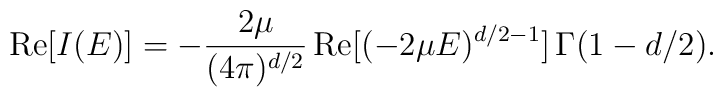
\mbox{Re}[ I(E) ]=-\frac{2 \mu}{(4 \pi)^{d/2}}\, \mbox{Re}[(-2 \mu E)^{d/2-1}] \, \Gamma(1-d/2).